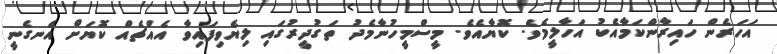
އަހަރެން ހައިރާންކަމާއެކު އަހާލީމެވެ. ކޮޔާއެވެ. މީސްމީހުނާމެދު ތަގުދީރުގައި ލިޔެވިފައިވާ އެއްޗެއް ކޮޔަށް އެނގެނީ